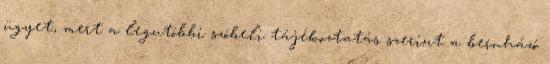
ügyet, mert a legutóbbi szóbeli tájékoztatás szerint a beruházó